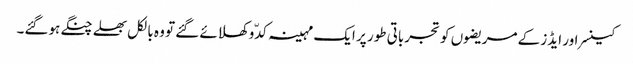
کینسر اور ایڈز کے مریضوں کو تجرباتی طور پر ایک مہینہ کدّو کھلائے گئے تو وہ بالکل بھلے چنگے ہوگئے۔